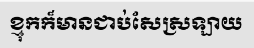
ខ្មុកក៏មានជាប់សែស្រឡាយ